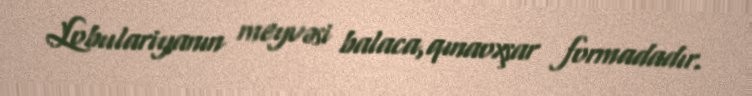
Lobulariyanın meyvəsi balaca,qınaoxşar formadadır.